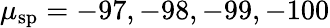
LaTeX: \mu_{\mathrm{sp}}=-97,-98,-99,-100